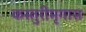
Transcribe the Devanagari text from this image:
कस्तुरीमृगास